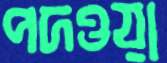
পদওয়া